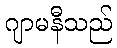
ဂျာမနီသည်